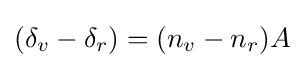
(\delta _{v}-\delta _{r})=(n_{v}-n_{r})A